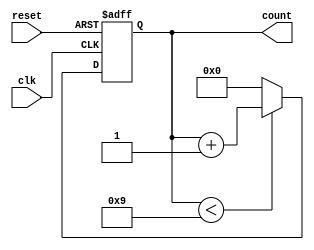
module BCD_Counter (
    input wire clk,          // Clock signal
    input wire reset,        // Asynchronous reset signal
    output reg [3:0] count   // 4-bit output representing the current BCD count
);

// Always block for synchronous behavior
always @(posedge clk or posedge reset) begin
    if (reset) begin
        count <= 4'b0000;   // Reset the count to 0
    end else begin
        if (count < 4'b1001) begin
            count <= count + 1; // Increment the count if less than 9
        end else begin
            count <= 4'b0000;   // Reset to 0 if count is 9
        end
    end
end

endmodule